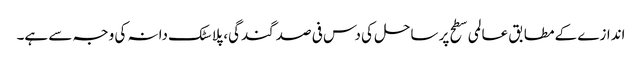
اندازے کے مطابق عالمی سطح پر ساحل کی دس فی صد گندگی، پلاسٹک دانہ کی وجہ سے ہے۔